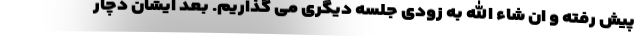
پیش رفته و ان شاء الله به زودی جلسه دیگری می گذاریم. بعد ایشان دچار